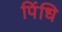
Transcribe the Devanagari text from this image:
पिंधि